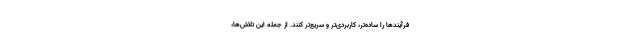
فرآیندها را ساده‌تر، کاربردی‌تر و سریع‌تر کنند. از جمله این تلاش‌ها،